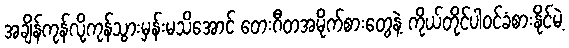
အချိန်ကုန်လို့ကုန်သွားမှန်းမသိအောင် တေးဂီတအမိုက်စားတွေနဲ့ ကိုယ်တိုင်ပါဝင်ခံစားနိုင်မဲ့